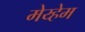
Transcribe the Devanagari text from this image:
मेय्हेम